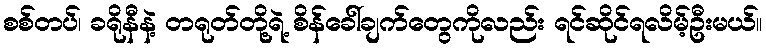
စစ်တပ်၊ ခရိုနီနဲ့ တရုတ်တို့ရဲ့ စိန်ခေါ်ချက်တွေကိုလည်း ရင်ဆိုင်ရလိမ့်ဦးမယ်။